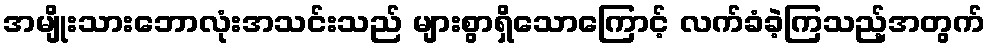
အမျိုးသားဘောလုံးအသင်းသည် များစွာရှိသောကြောင့် လက်ခံခဲ့ကြသည့်အတွက်